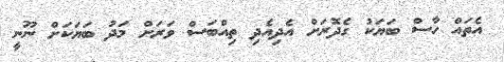
އެތައް ހާސް ބަޔަކު ގެދޮރަށް އެދިއެދި ތިއްބަސް ވަރަށް މަދު ބަޔަކަށް ނޫނީ